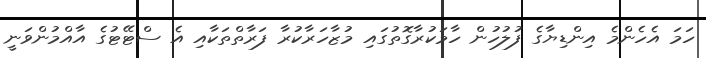
ހަމަ އެހެންމެ އިންޑިޔާގެ ފުލުހުން ހާމަކުރާގޮތުގައި މުޒާހަރާކުރާ ފަރާތްތަކާއި އެ ސްޓޭޓުގެ އާއްމުންވަނީ